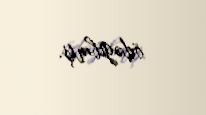
ödəyibmiş.